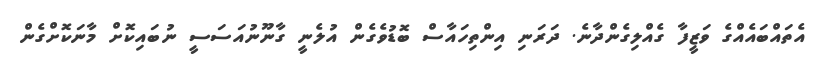
އެތައްބައެއްގެ ވަޒީފާ ގެއްލިގެންދާނެ. ދަރަނި އިންތިހައާސް ބޮޑުވެގެން އުލެނީ ގާނޫނުއަސަސީ ނުބައިކޮށް މާނަކޮށްގެން